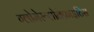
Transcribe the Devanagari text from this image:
ग्लोमेरूलोनेफ्राइटिस